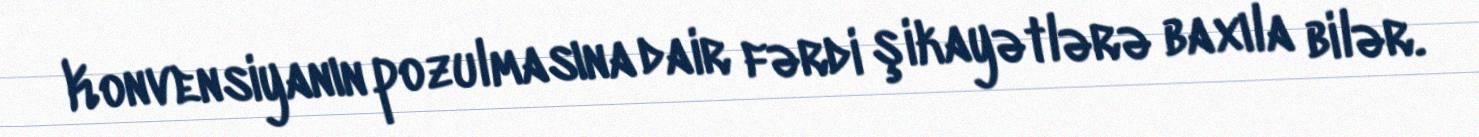
Konvensiyanın pozulmasına dair fərdi şikayətlərə baxıla bilər.